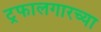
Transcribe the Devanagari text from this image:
ट्रफालगारच्या